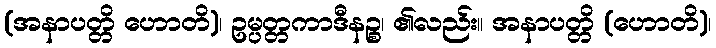
(အနာပတ္တိ ဟောတိ)၊ ဥမ္ပတ္တကာဒီနဉ္စ၊ ၏လည်း။ အနာပတ္တိ (ဟောတိ)၊